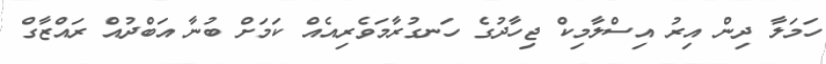
ހަމަލާ ދިން އިރު އިސްލާމިކް ޖިހާދުގެ ހަނގުރާމަވެރިއެއް ކަމަށް ބުނާ އަބްދުއް ރައްޒާގް